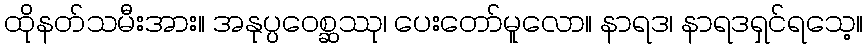
ထိုနတ်သမီးအား။ အနုပ္ပဝေစ္ဆဿု၊ ပေးတော်မူလော။ နာရဒ၊ နာရဒရှင်ရသေ့။